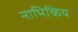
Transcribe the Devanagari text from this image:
नाभिकिय